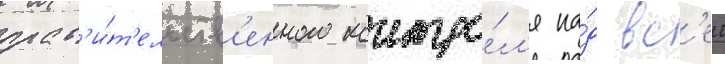
прав'и́т'ельств'енного контро́л'я на́д вс'еи